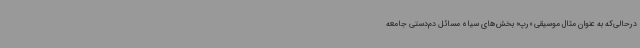
درحالی‌که به‌ عنوان‌ مثال موسیقی «رپ» بخش‌های سیاه مسائل دم‌دستی جامعه